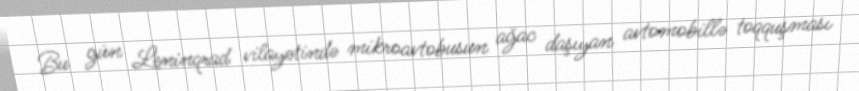
Bu gün Leninqrad vilayətində mikroavtobusun ağac daşıyan avtomobillə toqquşması